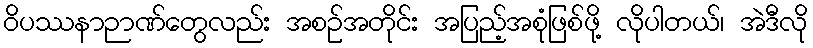
ဝိပဿနာဉာဏ်တွေလည်း အစဉ်အတိုင်း အပြည့်အစုံဖြစ်ဖို့ လိုပါတယ်၊ အဲဒီလို